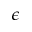
\epsilon